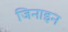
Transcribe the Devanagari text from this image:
जिनाइन